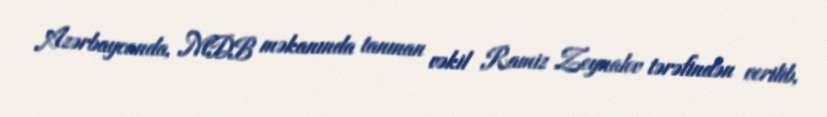
Azərbaycanda, MDB məkanında tanınan vəkil Ramiz Zeynalov tərəfindən verilib,